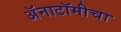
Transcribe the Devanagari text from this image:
अॅनाटॉमीचा